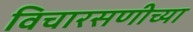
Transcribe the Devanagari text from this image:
विचारसणीच्या